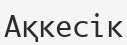
Ақкесік